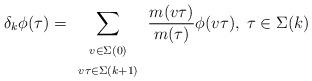
LaTeX: \begin{align*}\delta_k \phi(\tau)=\sum_{\begin{array}{c}{\scriptstyle v \in\Sigma(0)}\\{\scriptstyle v \tau\in \Sigma (k+1)}\end{array}}\frac{m(v\tau)}{m(\tau)}\phi(v\tau),\;\tau\in\Sigma(k)\end{align*}